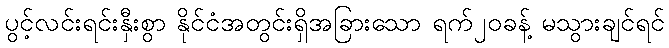
ပွင့်လင်းရင်းနှီးစွာ နိုင်ငံအတွင်းရှိအခြားသော ရက်၂၀ခန့် မသွားချင်ရင်